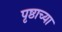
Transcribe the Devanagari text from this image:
पृष्ठाच्या